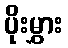
ပိုးမွှား